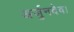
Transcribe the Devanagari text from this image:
अर्जुनदेव।